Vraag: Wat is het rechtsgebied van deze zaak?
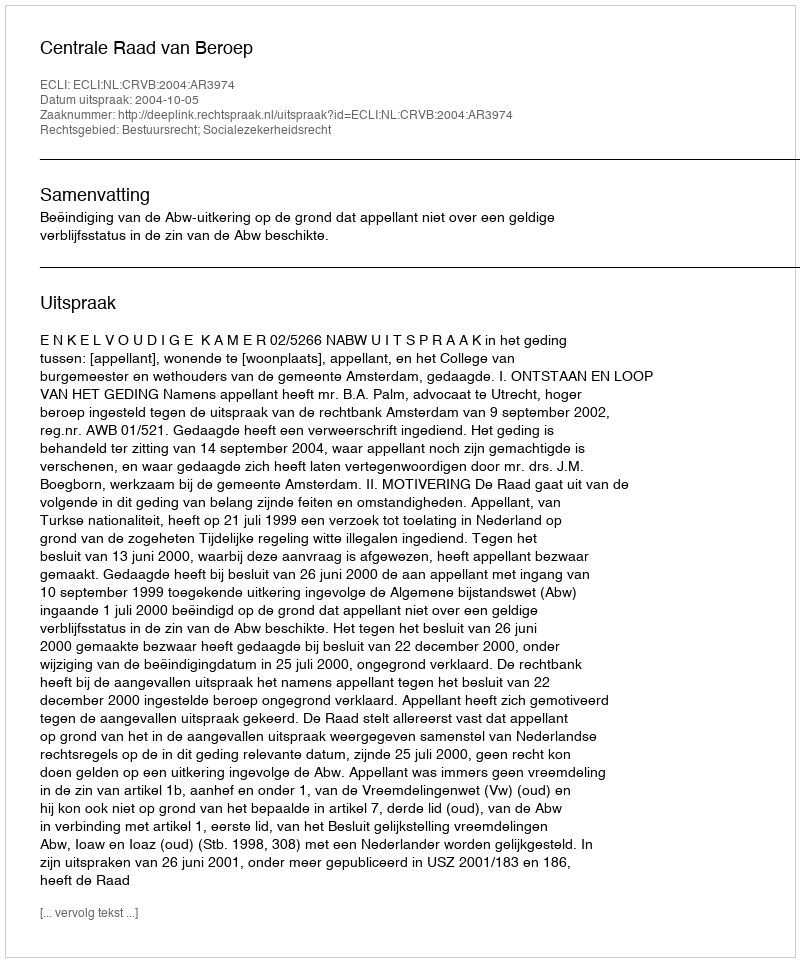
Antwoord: Bestuursrecht; Socialezekerheidsrecht